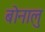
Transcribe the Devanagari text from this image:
बोनालु